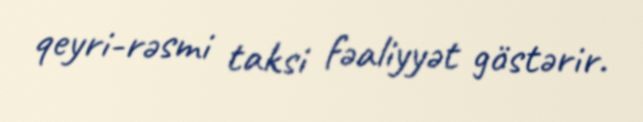
qeyri-rəsmi taksi fəaliyyət göstərir.